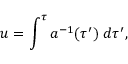
u = \int ^ { \tau } a ^ { - 1 } ( \tau ^ { \prime } ) \; d \tau ^ { \prime } ,